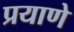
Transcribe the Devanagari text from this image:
प्रयाणे